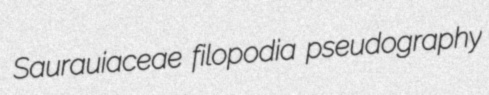
Saurauiaceae filopodia pseudography